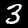
Digit: 3